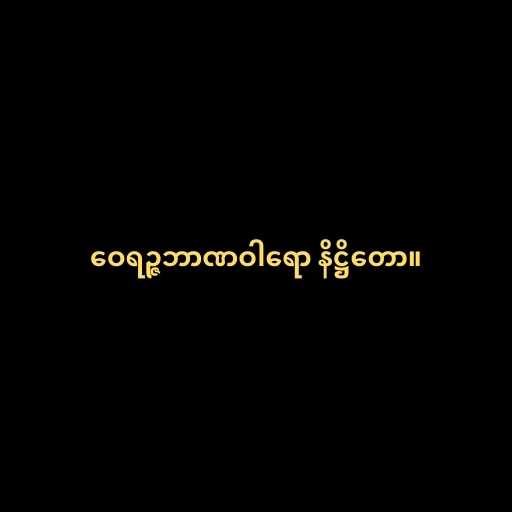
ဝေရဉ္ဇဘာဏဝါရော နိဋ္ဌိတော။